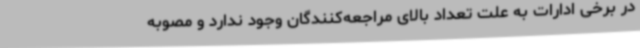
در برخی ادارات به علت تعداد بالای مراجعه‌کنندگان وجود ندارد و مصوبه